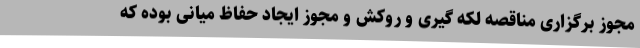
مجوز برگزاری مناقصه لکه گیری و روکش و مجوز ایجاد حفاظ میانی بوده که